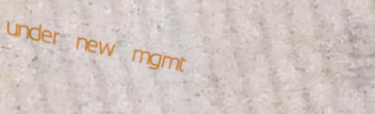
under new mgmt